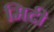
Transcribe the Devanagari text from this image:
मिदी